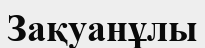
Зақуанұлы